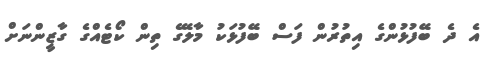
އެ ދެ ބޭފުޅުންގެ އިތުރުން ފަސް ބޭފުޅަކު މާލޭގެ ތިން ކޯޓެއްގެ ގާޒީންނަށް